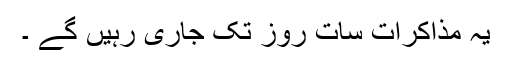
یہ مذاکرات سات روز تک جاری رہیں گے ۔